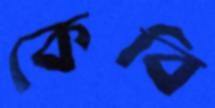
কেবি